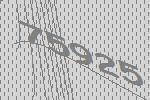
75925